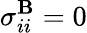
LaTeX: \sigma_{ii}^{\mathbf{B}}=0